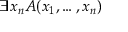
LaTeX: \exists x _ { n } A ( x _ { 1 } , \ldots , x _ { n } )